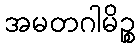
အမတဂါမိဉ္စ